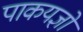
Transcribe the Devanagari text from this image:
पाकयज्ञों